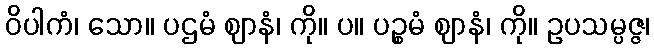
ဝိပါကံ၊ သော။ ပဌမံ ဈာနံ၊ ကို။ ပ။ ပဉ္စမံ ဈာနံ၊ ကို။ ဥပသမ္ပဇ္ဇ၊